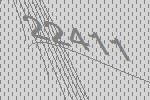
22411